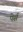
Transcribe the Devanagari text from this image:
पेर्स